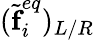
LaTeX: (\widetilde{\textbf{f}}_{i}^{eq})_{L/R}